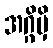
အဂ္ဂိမှိ